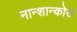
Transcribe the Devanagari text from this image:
नान्शान्कोउ